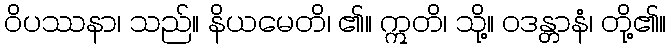
ဝိပဿနာ၊ သည်။ နိယမေတိ၊ ၏။ ဣတိ၊ သို့။ ဝဒန္တာနံ၊ တို့၏။